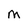
Character: m